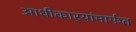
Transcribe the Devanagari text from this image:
आधीकार्‍यांमार्फत